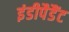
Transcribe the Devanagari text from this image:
इंडीपैडैंट